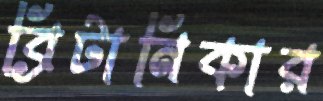
ব্রিটানিকার